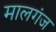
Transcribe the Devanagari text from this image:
मालगंज